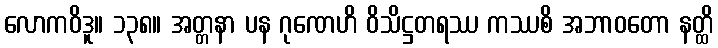
လောကဝိဒူ။ ၁၃၈။ အတ္တနာ ပန ဂုဏေဟိ ဝိသိဋ္ဌတရဿ ကဿစိ အဘာဝတော နတ္ထိ